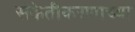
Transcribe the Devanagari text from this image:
संकेतीकरणाच्या